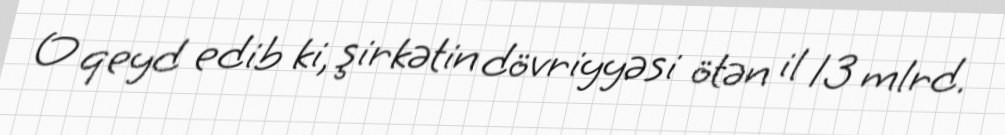
O qeyd edib ki, şirkətin dövriyyəsi ötən il 13 mlrd.